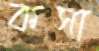
কসা